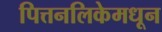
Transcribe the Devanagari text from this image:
पित्तनलिकेमधून